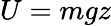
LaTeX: U=mgz